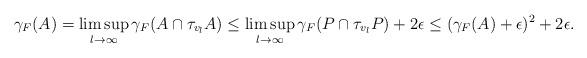
LaTeX: \begin{align*}\gamma_F(A) = \limsup_{l \to \infty }\gamma_F(A \cap \tau_{v_l} A) \leq \limsup_{l \to \infty } \gamma_F(P\cap \tau_{v_l} P) + 2 \epsilon \leq (\gamma_F(A) + \epsilon)^2 + 2\epsilon.\end{align*}